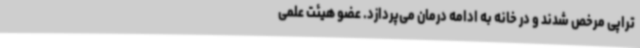
تراپی مرخص شدند و در خانه به ادامه درمان می‌پردازد. عضو هیئت علمی